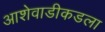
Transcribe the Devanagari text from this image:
आशेवाडीकडला